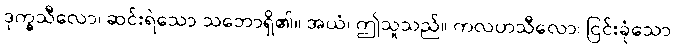
ဒုက္ခသီလော၊ ဆင်းရဲသော သဘောရှိ၏။ အယံ၊ ဤသူသည်။ ကလဟသီလော၊ ငြင်းခုံသော